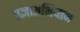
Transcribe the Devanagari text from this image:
प्रज्ञाअभियान